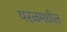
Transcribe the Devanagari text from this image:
परळमधील